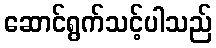
ဆောင်ရွက်သင့်ပါသည်